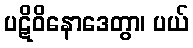
ပဋိဝိနောဒေတွာ၊ ပယ်